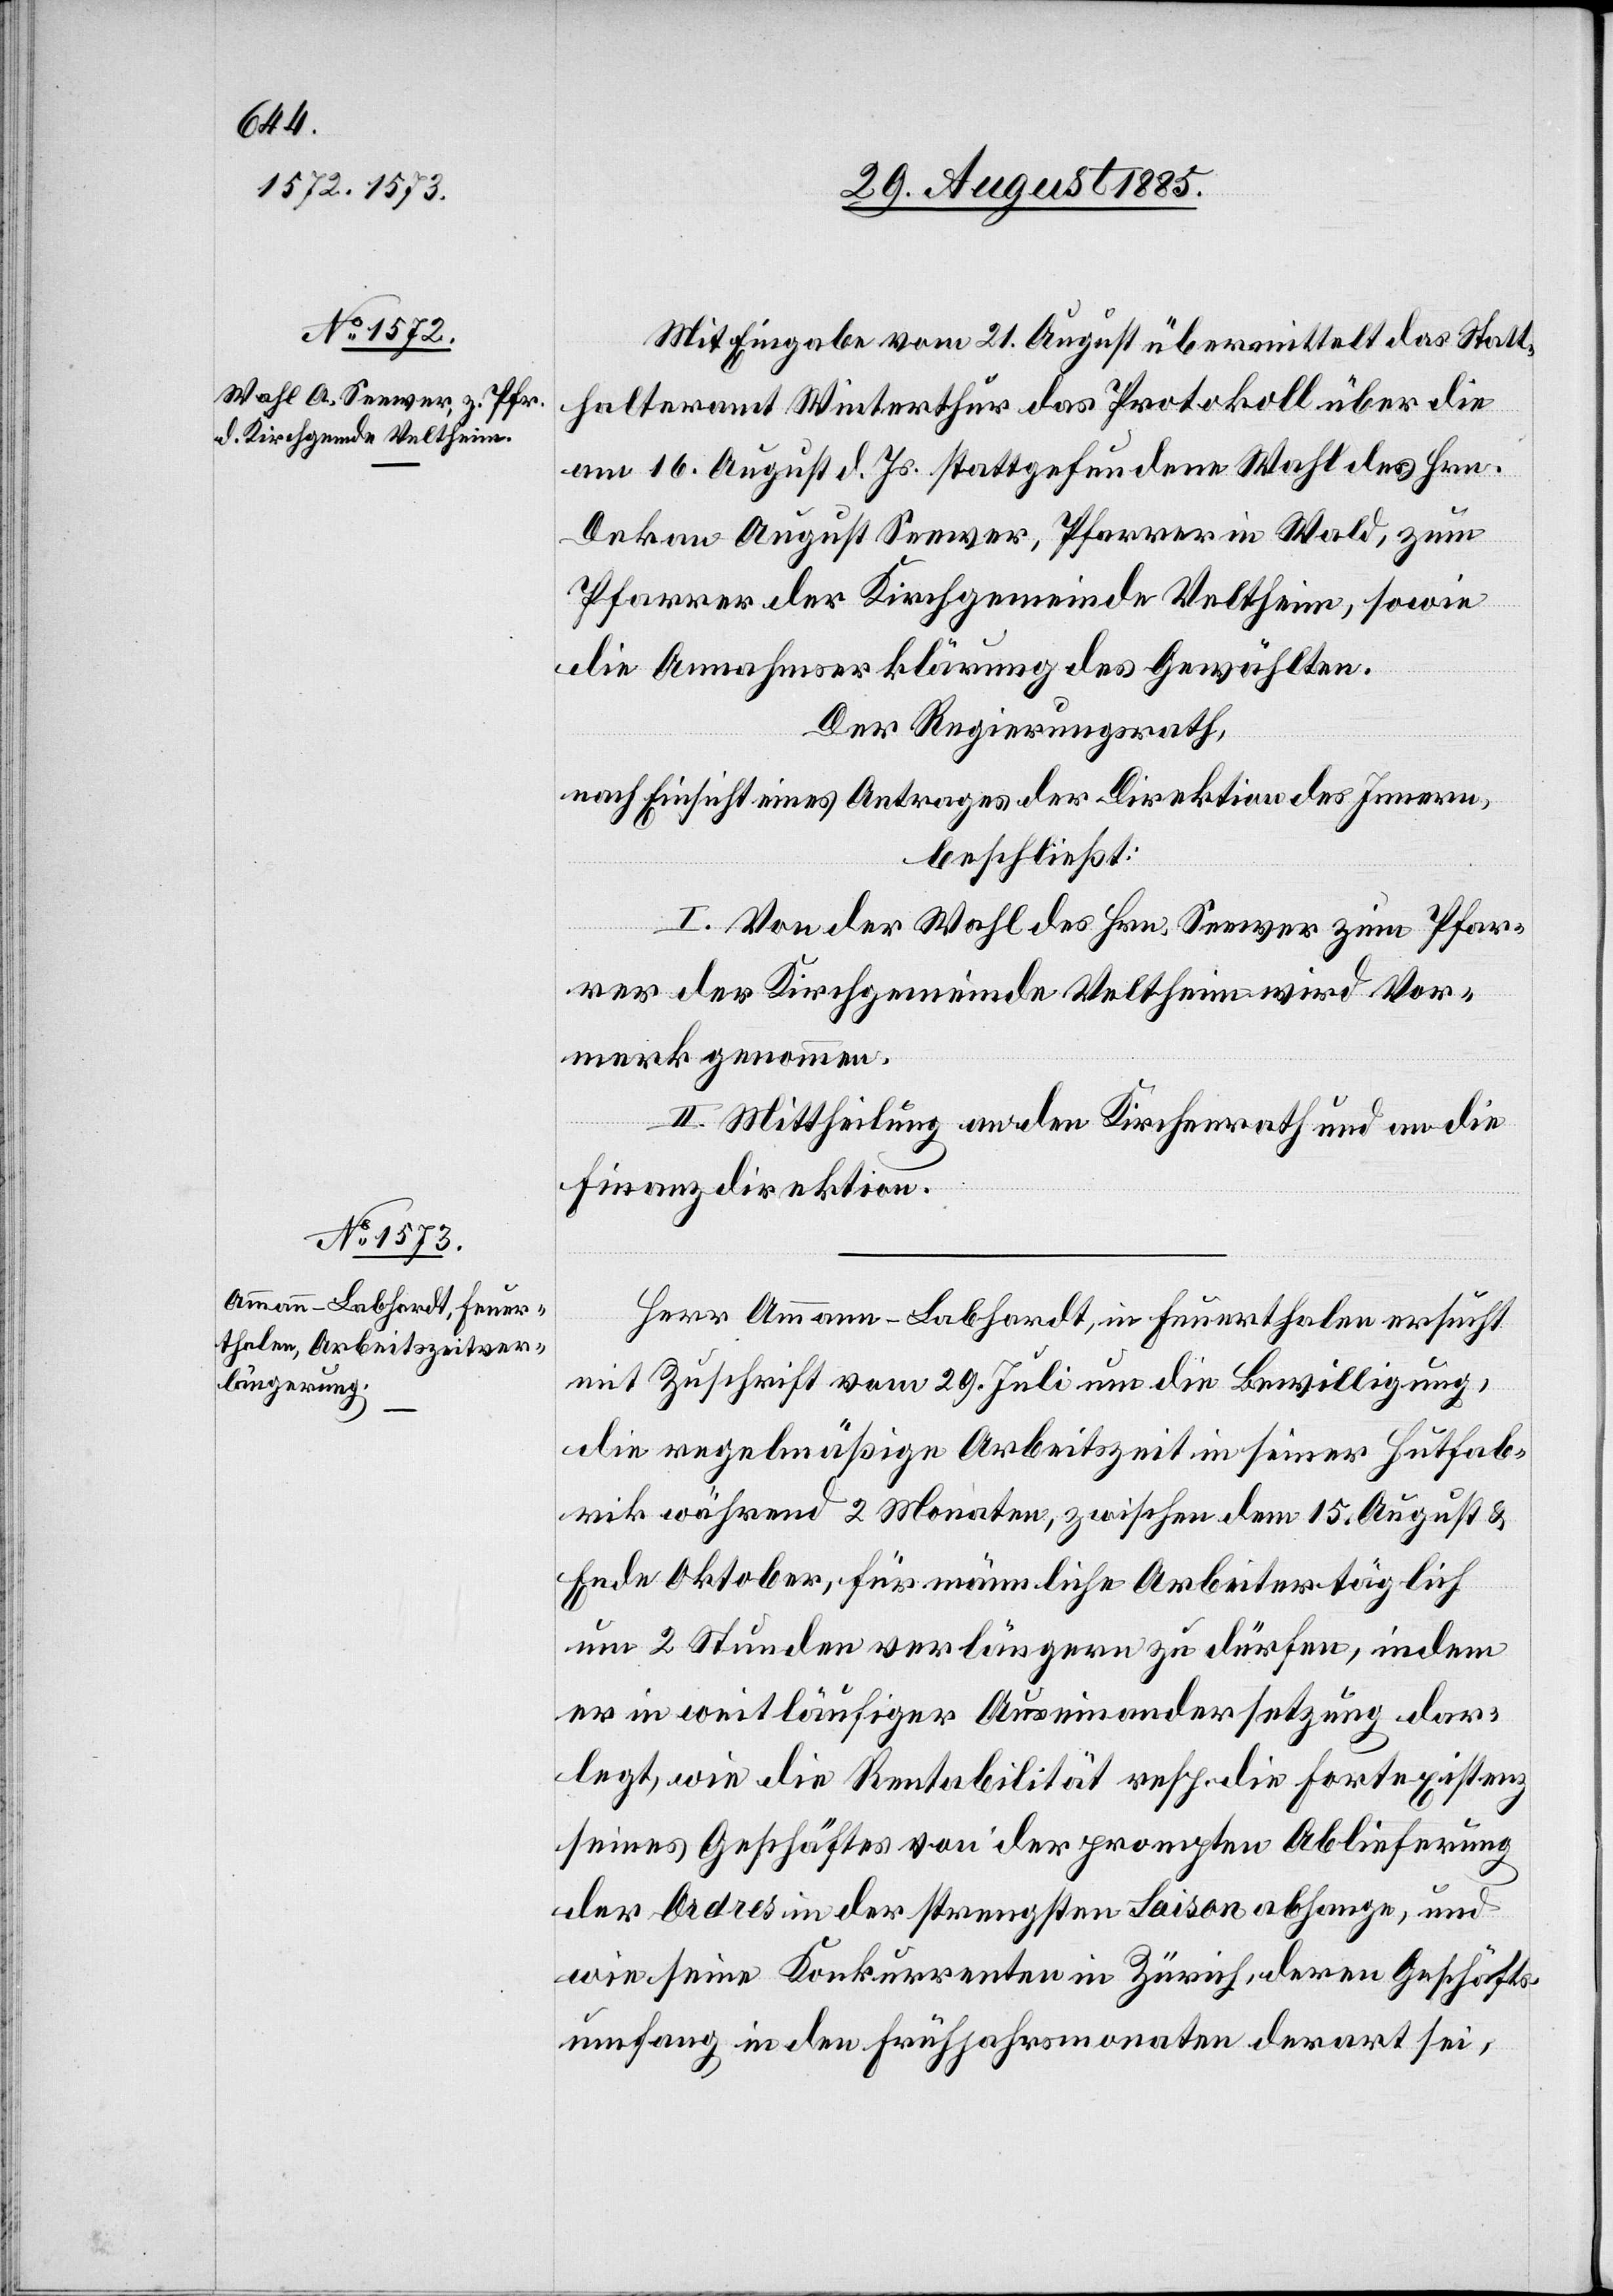
Mit Eingabe vom 21. August übermittelt das Statt¬
halteramt Winterthur das Protokoll über die
am 16. August d. Js. stattgefundene Wahl des Hrn.
Dekan August Seewer, Pfarrer in Wald, zum
Pfarrer der Kirchgemeinde Veltheim, sowie
die Annahmserklärung des Gewählten.
Der Regierungsrath,
nach Einsicht eines Antrages der Direktion des Innern,
beschließt:
I. Von der Wahl des Hrn. Seewer zum Pfar¬
rer der Kirchgemeinde Veltheim wird Vor¬
merk genommen.
II. Mittheilung an den Kirchenrath und an die
Finanzdirektion.
Herr Ammann-Labhardt, in Feuerthalen ersucht
mit Zuschrift vom 29. Juli um die Bewilligung,
die regelmäßige Arbeitszeit in seiner Hutfab¬
rik während 2 Monaten, zwischen dem 15. August &
Ende Oktober, für männliche Arbeiter täglich
um 2 Stunden verlängern zu dürfen, indem
er in weitläufiger Auseinandersetzung dar¬
legt, wie die Rentabilität resp. die Fortexistenz
seines Geschäftes von der prompten Ablieferung
der Ordres in der strengsten Saison abhange, und
wie seine Konkurrenten in Zürich, deren Geschäfts¬
umfang in den Frühjahrsmonaten derart sei,